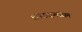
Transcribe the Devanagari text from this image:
शारदमंडल